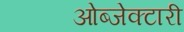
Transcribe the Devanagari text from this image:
ओब्जेक्टारी